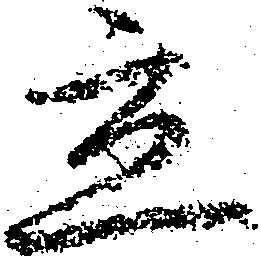
立